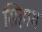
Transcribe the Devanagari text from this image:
सिहाग